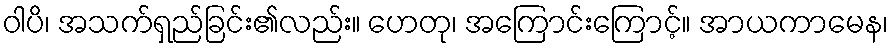
ဝါပိ၊ အသက်ရှည်ခြင်း၏လည်း။ ဟေတု၊ အကြောင်းကြောင့်။ အာယကာမေန၊